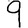
Digit: 9